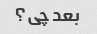
بعد چی؟